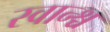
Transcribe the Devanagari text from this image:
स्वान्श्च